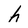
Character: h